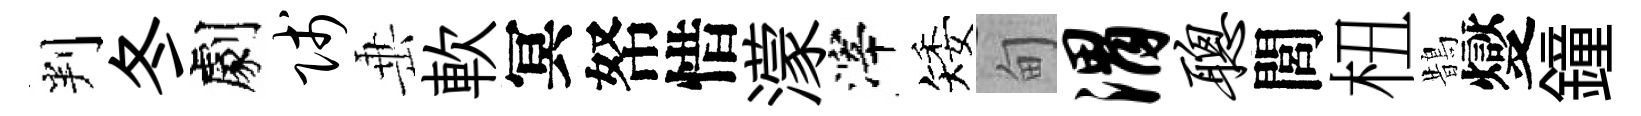
判冬劇贱𡸁軟冥帑惜濛滓矮甸渭聪閭杻鵲燮鐘